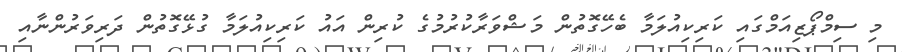
މި ސިމްޕޯޒިއަމްގައި ކަރިކިއުލަމާ ބެހޭގޮތުން މަޝްވަރާކުރުމުގެ ކުރިން އައު ކަރިކިއުލަމާ ގުޅޭގޮތުން ދަރިވަރުންނާއި